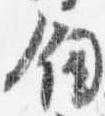
剣